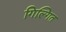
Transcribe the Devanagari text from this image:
गिल्गित